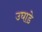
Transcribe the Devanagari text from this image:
उघाडे